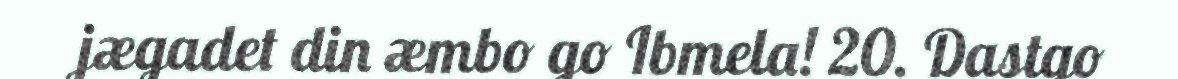
jægadet din æmbo go Ibmela! 20. Dastgo